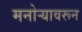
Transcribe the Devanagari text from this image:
मनोर्‍यावरून